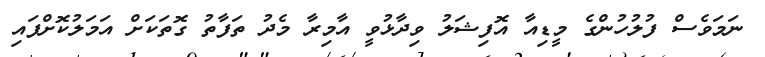
ނަމަވެސް ފުލުހުންގެ މީޑިއާ އޮފިޝަލު ވިދާޅުވީ އާމިރާ މެދު ތަފާތު ގޮތަކަށް އަމަލުކޮށްފައި